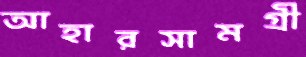
আহারসামগ্রী